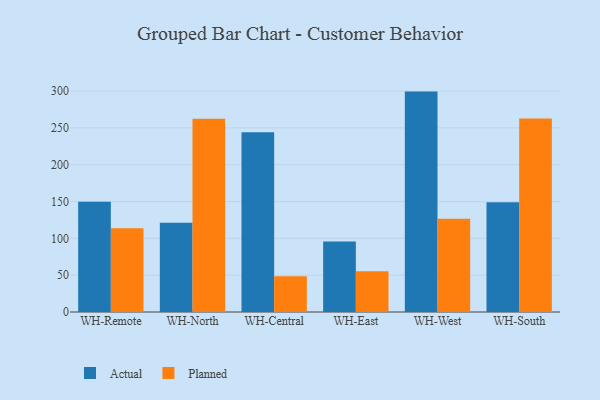
{"axis": {"x": "Warehouse", "y": "Demand Index"}, "legend": ["Actual", "Planned"], "data": [{"x": "WH-Remote", "y": 149.7, "type": "Actual"}, {"x": "WH-Remote", "y": 113.7, "type": "Planned"}, {"x": "WH-North", "y": 121.1, "type": "Actual"}, {"x": "WH-North", "y": 262.3, "type": "Planned"}, {"x": "WH-Central", "y": 244.0, "type": "Actual"}, {"x": "WH-Central", "y": 48.4, "type": "Planned"}, {"x": "WH-East", "y": 95.6, "type": "Actual"}, {"x": "WH-East", "y": 55.4, "type": "Planned"}, {"x": "WH-West", "y": 299.3, "type": "Actual"}, {"x": "WH-West", "y": 126.8, "type": "Planned"}, {"x": "WH-South", "y": 149.2, "type": "Actual"}, {"x": "WH-South", "y": 262.7, "type": "Planned"}]}